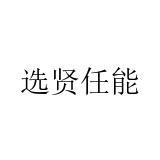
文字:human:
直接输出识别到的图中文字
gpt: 选贤任能